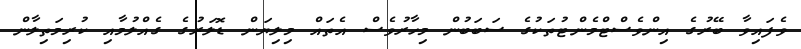
ވެފައިވާ ބޭރުގެ އިންވެސްޓްމެންޓުތަކުގެ ސަބަބުން މިހާރުވެސް އެތައް މިލިޔަން ޑޮލަރުގެ ގެއްލުމާއި ކުރިމަތިލާން